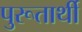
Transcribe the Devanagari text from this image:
पुरूतार्थी